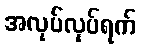
အလုပ်လုပ်ရက်